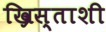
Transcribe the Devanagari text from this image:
ख्रिस्ताशी